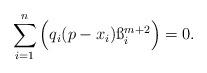
LaTeX: \begin{align*}\sum_{i=1}^{n}\Big(q_i(p - x_{i})\ss_i^{m+2}\Big) = 0.\end{align*}